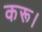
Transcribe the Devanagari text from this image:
करू।